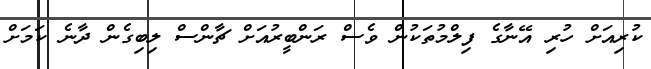
ކުރިއަށް ހުރި އޭނާގެ ފިލްމުތަކުން ވެސް ރަންބީރުއަށް ޗާންސް ލިބިގެން ދާނެ ކަމަށް